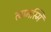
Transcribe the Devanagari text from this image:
त्वामस्मि